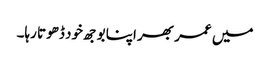
میں عمر بھر اپنا بوجھ خود ڈھوتا رہا۔